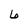
Character: 6